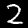
Label: 2